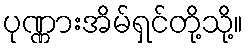
ပုဏ္ဏားအိမ်ရှင်တို့သို့။